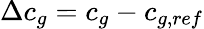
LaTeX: \Delta c_{g}=c_{g}-c_{g,ref}